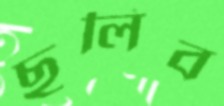
ছুলিব